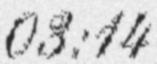
03:14